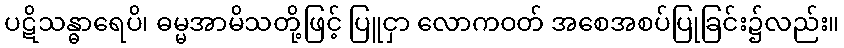
ပဋိသန္ဓာရေပိ၊ ဓမ္မအာမိသတို့ဖြင့် ပြူငှာ လောကဝတ် အစေအစပ်ပြုခြင်း၌လည်း။